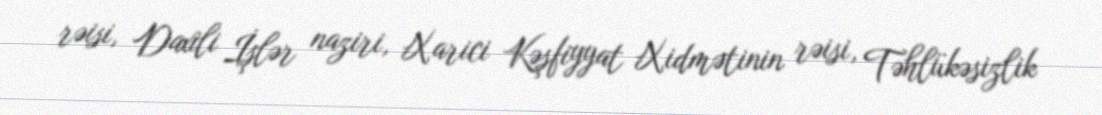
rəisi, Daxili İşlər naziri, Xarici Kəşfiyyat Xidmətinin rəisi, Təhlükəsizlik